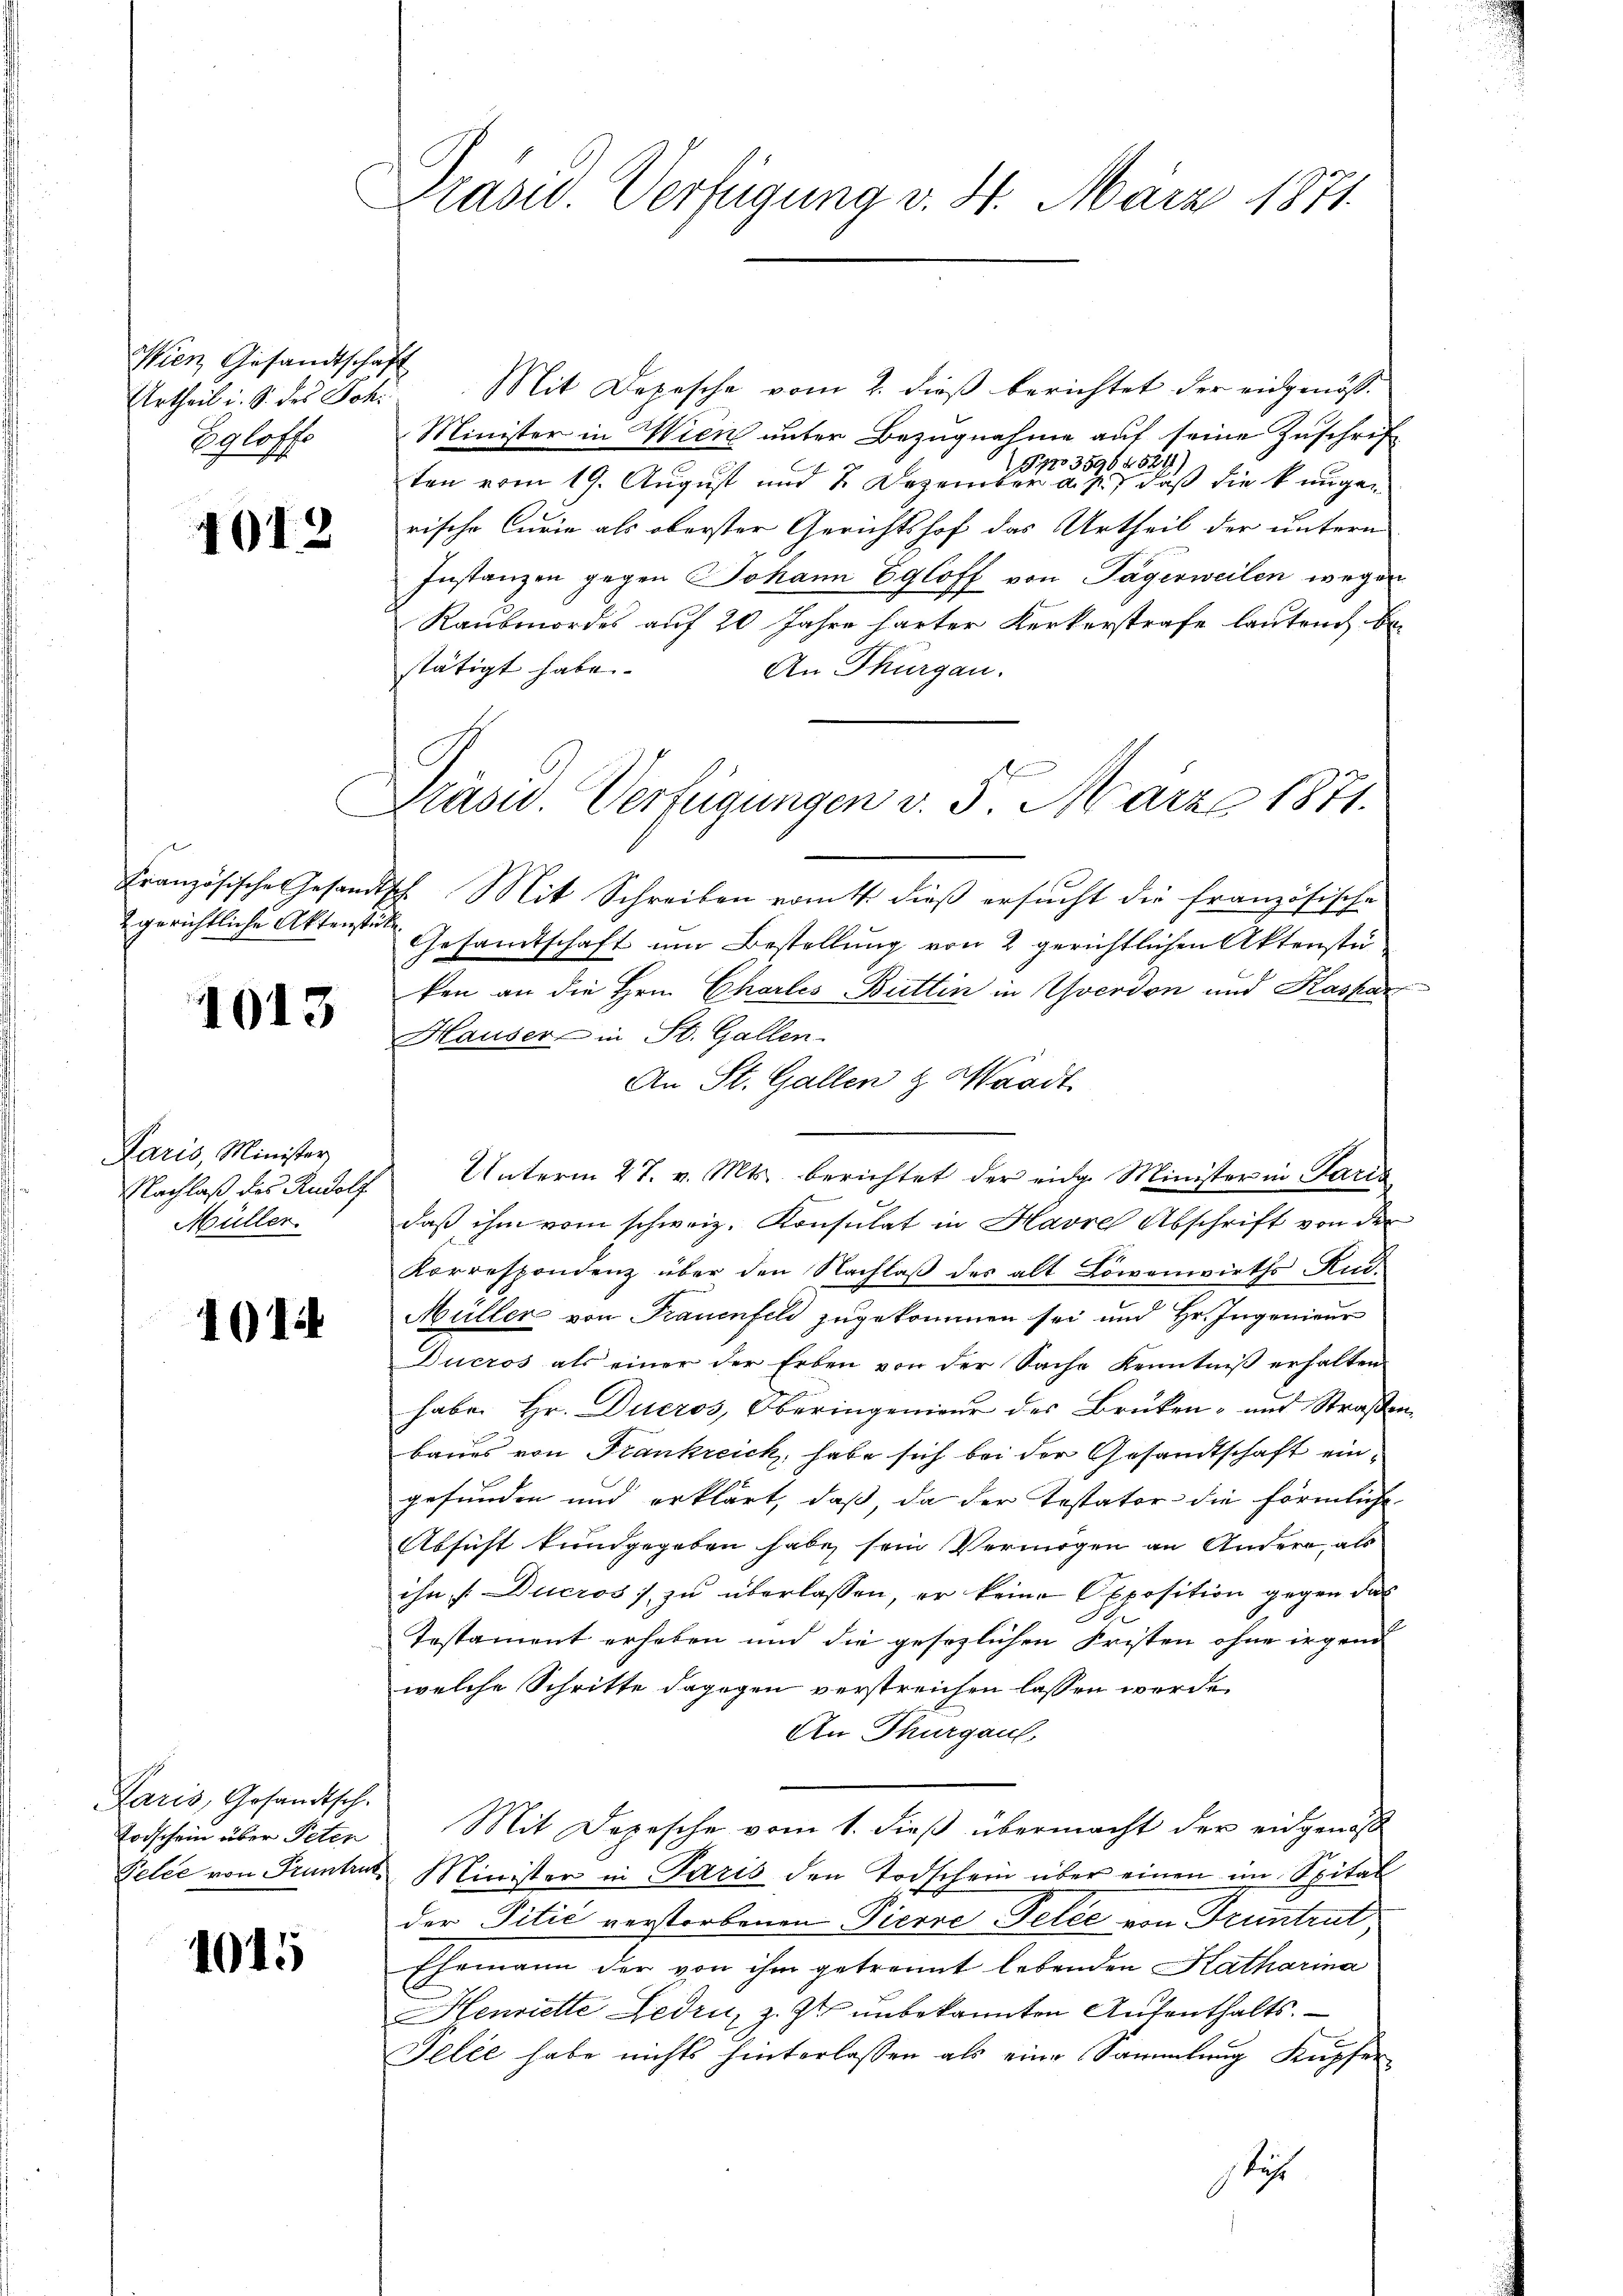
Wien Gesandtschaft
Urtheil i. S. des Schi
Egloffe

1013

2 gerichtliche Aktenstücke

1013

Karis, Minister
Müller.

101

Paris, Gesandtsch.

1015

Prasw. Verfügung v. 4. März 1871.

Mit Depesche vom 2. dieß berichtet der eidgenös¬
Minister in Wien unter Bezugnahme auf seine Zuschrif
1035964521)
.
ten vom 19. August und 2 Dezember a. 1) daß die kungen
rische Curie als oberster Gerichtshof das Urtheil der untern
Instanzen gegen Johann Egloff von Tagerweilen wegen
Raubmordes auf 20 Jahre harter Kerkerstrafe lautend be-
stätigt habe.
An Thurgau.
Französische Gesandtsch Mit Schreiben vom 4. dieß ersucht die französische
Gesamtschaft um Bestellung von 2 gerichtlichen Aktenstüken an die Hrn. Chartes Büttin in Yverdon und Kaspar
Hauser in St. Gallen.
An St. Gallen & Waadt.
Nachlaβ des Rudolf Unterm 27. v. Mts. berichtet der eidg. Minister in Paria
daß ihm vom schweiz. Konsulat in Havre Abschrift von der
Korrespondenz über den Nachlaß des alt Löwenwirths Rud.
Müller von Frauenfeld zugekommen sei und Hr. Ingenieur
Ducros als einer der Erben von der Sache Kenntniß erhalten
habe. Hr. Ducros, Oberingenieur des Brüken- und Straßenbaues von Frankreich, habe sich bei der Gesandtschaft eingefunden und erklärt, daß, da der Testator die förmliche
Absicht kundgegeben habe, sein Vermögen an Andere, als
ihn /: Ducros) zu überlassen, er keine Opposition gegen das
.
.
Testament erheben und die gesezlichen Fristen ohne irgend
welche Schritte dagegen verstreichen lassen werde.
An Thurgaus,
Todschein über Peter Mit Depesche vom 1. dieß übermacht der eidgenoß
Pelce von Trunker Minister in Paris den Todschein über einen im Spital
der Titić verstorbenen Pierre Felle von Truntrut
Ehemann der von ihm getrennt lebenden Katharina
Henriette Gedru, z. Zt. unbekannten Aufenthalts.
Telée habe nichts hinterlassen als eine Sammlung Kupfer
sti

Präsid. Verfügungen v. 5. März 1871.